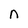
Character: n